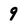
Character: 9